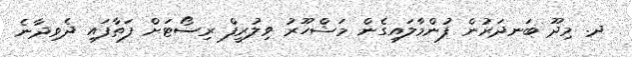
ދ. މިދޫ ބަނދަރުން ފުންމާލައިގެން މަޝްހޫރު ވިލުރީފް ރިސޯޓަށް ފަތާފައި ދެވިދާނެ